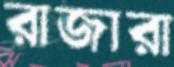
রাজারা